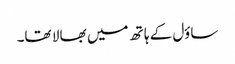
ساؤل کے ہا تھ میں بھا لا تھا۔